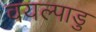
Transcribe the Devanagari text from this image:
वयल्पाडु